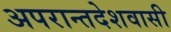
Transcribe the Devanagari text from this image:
अपरान्तदेशवासी